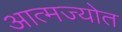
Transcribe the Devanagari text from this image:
आत्मज्योत